Document type: Sale
Year: 1435
Scribe: Pere Soler
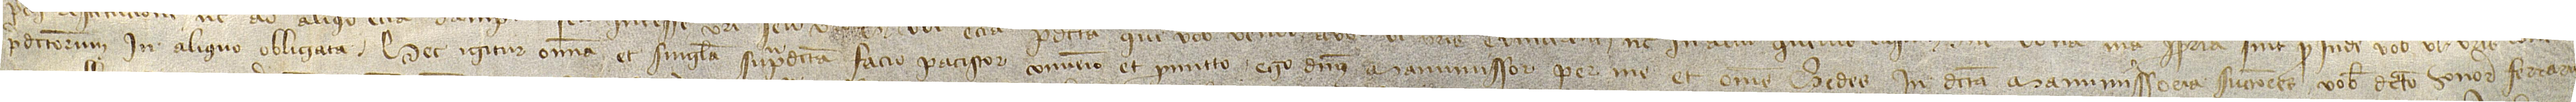
predictorum in aliquo obligata. Hec igitur omnia et singula supradicta facio, paciscor, convenio et promitto ego dictus manumissor per me te omnes heredes in dicta manumissoria successores vobis dicto honorabili Ferrario